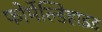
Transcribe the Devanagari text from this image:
फोर्मेल्डिहाइड